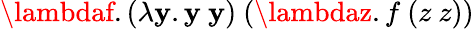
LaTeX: \lambdaf.(\lambda\mathbf{y}.\mathbf{y}\ \mathbf{y})\ (\lambdaz.f\ (z\ z))